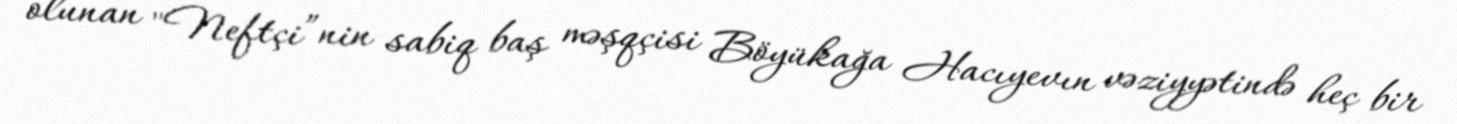
olunan "Neftçi”nin sabiq baş məşqçisi Böyükağa Hacıyevın vəziyyətində heç bir